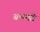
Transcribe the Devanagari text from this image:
बन्धाते